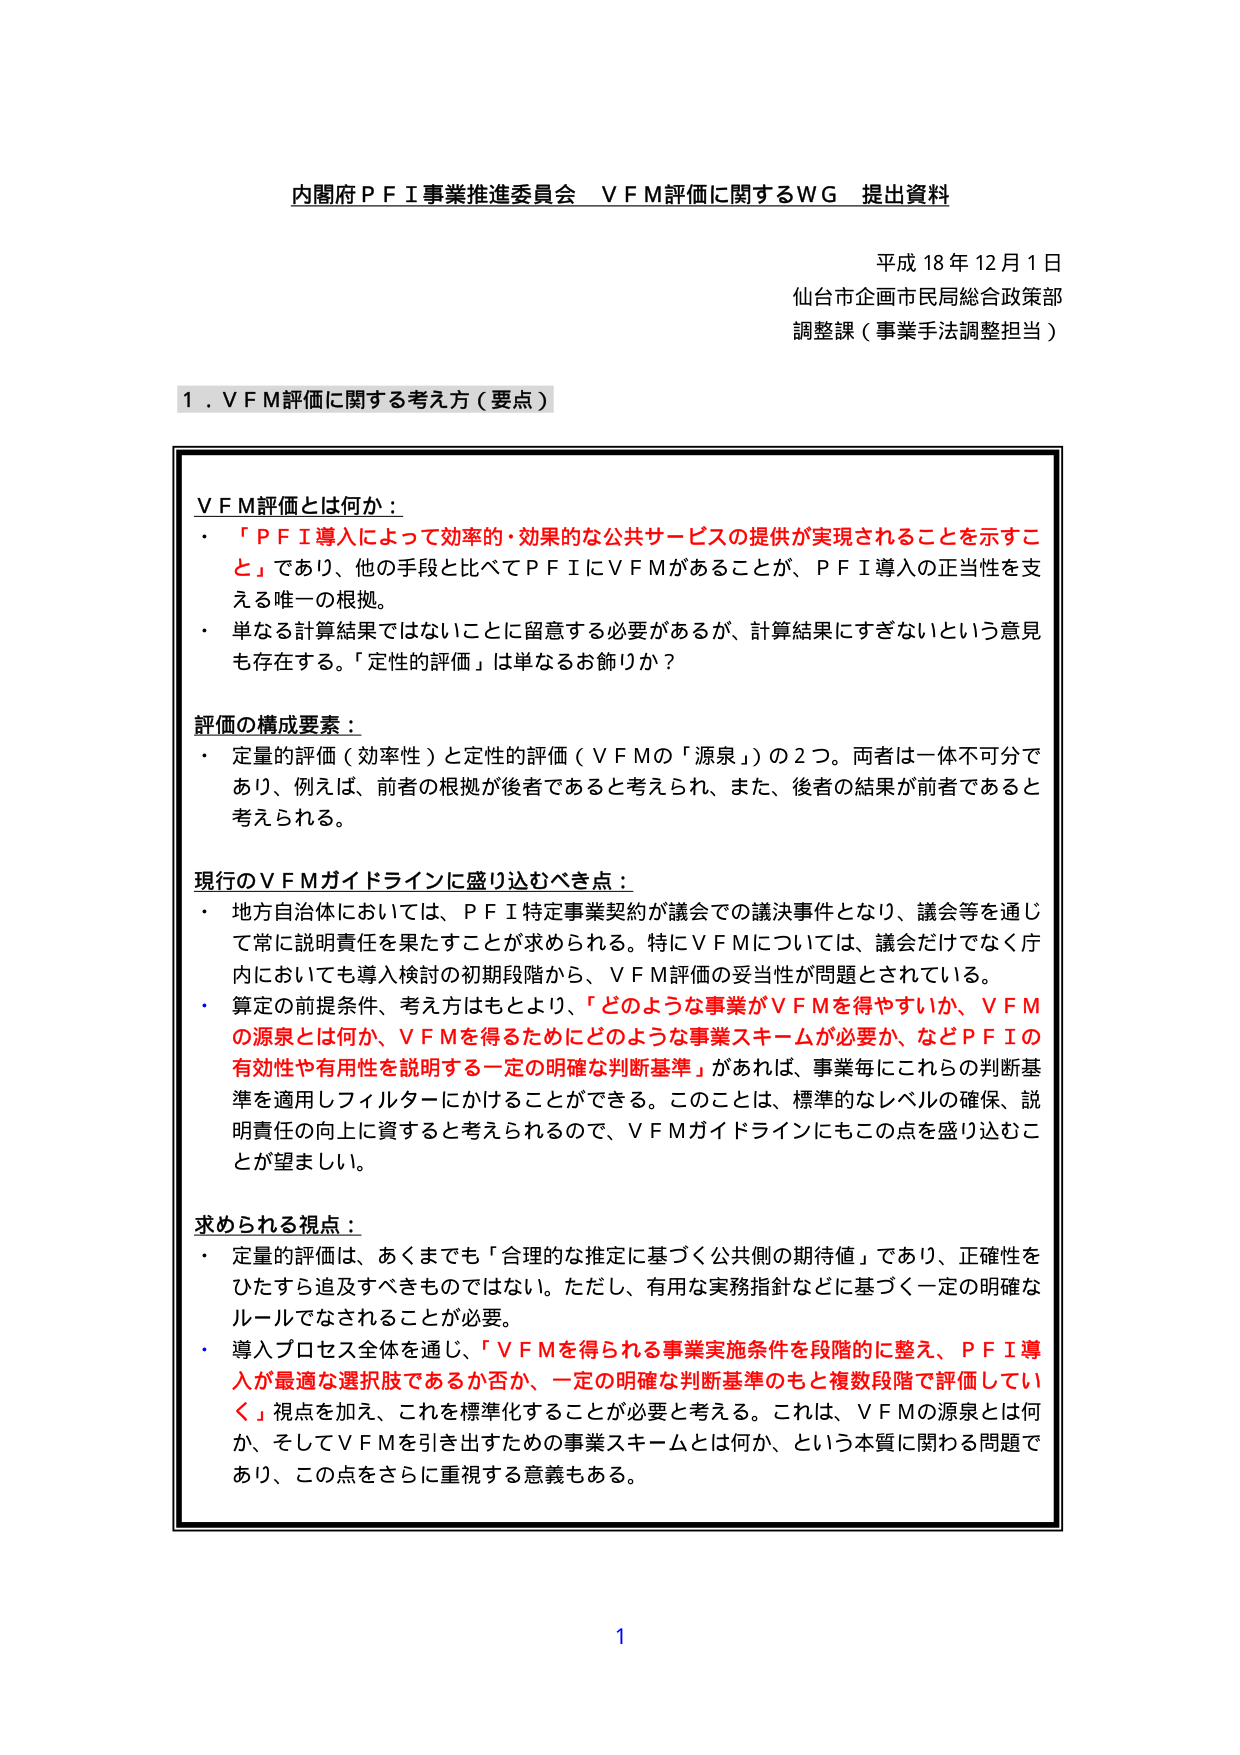
内閣府ＰＦＩ事業推進委員会 ＶＦＭ評価に関するＷＧ 提出資料

平成18年12月1日
仙台市企画市民局総合政策部
調整課（事業手法調整担当）

１．ＶＦＭ評価に関する考え方（要点）

ＶＦＭ評価とは何か：
・「ＰＦＩ導入によって効率的・効果的な公共サービスの提供が実現されることを示すこと」であり、他の手段と比べてＰＦＩにＶＦＭがあることが、ＰＦＩ導入の正当性を支える唯一の根拠。
・単なる計算結果ではないことに留意する必要があるが、計算結果にすぎないという意見も存在する。「定性的評価」は単なるお飾りか？

評価の構成要素：
・定量的評価（効率性）と定性的評価（ＶＦＭの「源泉」）の２つ。両者は一体不可分であり、例えば、前者の根拠が後者であると考えられ、また、後者の結果が前者であると考えられる。

現行のＶＦＭガイドラインに盛り込むべき点：
・地方自治体においては、ＰＦＩ特定事業契約が議会での議決事件となり、議会等を通じて常に説明責任を果たすことが求められる。特にＶＦＭについては、議会だけでなく庁内においても導入検討の初期段階から、ＶＦＭ評価の妥当性が問題とされている。
・算定の前提条件、考え方もとより、「どのような事業がＶＦＭを得やすいか、ＶＦＭの源泉とは何か、ＶＦＭを得るためにどのような事業スキームが必要か、などＰＦＩの有効性や有用性を説明する一定の明確な判断基準」があれば、事業毎にこれらの判断基準を適用しフィルターにかけることができる。このことは、標準的なレベルの確保、説明責任の向上に資すると考えられるので、ＶＦＭガイドラインにもこの点を盛り込むことが望ましい。

求められる視点：
・定量的評価は、あくまでも「合理的な推定に基づく公共側の期待値」であり、正確性をひたすら追及すべきものではない。ただし、有用な実務指針などに基づく一定の明確なルールでなされることが必要。
・導入プロセス全体を通じ、「ＶＦＭを得られる事業実施条件を段階的に整え、ＰＦＩ導入が最適な選択肢であるか否か、一定の明確な判断基準のもと複数段階で評価していく」視点を加え、これを標準化することが必要と考える。これは、ＶＦＭの源泉とは何か、そしてＶＦＭを引き出すための事業スキームとは何か、という本質に関する問題であり、この点をさらに重視する意義もある。

1